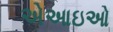
એઆઇઓ